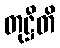
တုဋ္ဌီတိ